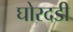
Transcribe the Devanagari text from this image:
घोरदडी